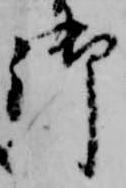
御